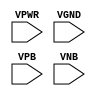
/*
 * Copyright 2020 The SkyWater PDK Authors
 *
 * Licensed under the Apache License, Version 2.0 (the "License");
 * you may not use this file except in compliance with the License.
 * You may obtain a copy of the License at
 *
 *     https://www.apache.org/licenses/LICENSE-2.0
 *
 * Unless required by applicable law or agreed to in writing, software
 * distributed under the License is distributed on an "AS IS" BASIS,
 * WITHOUT WARRANTIES OR CONDITIONS OF ANY KIND, either express or implied.
 * See the License for the specific language governing permissions and
 * limitations under the License.
 *
 * SPDX-License-Identifier: Apache-2.0
*/


`ifndef SKY130_FD_SC_HDLL__TAPVGND2_BEHAVIORAL_PP_V
`define SKY130_FD_SC_HDLL__TAPVGND2_BEHAVIORAL_PP_V

/**
 * tapvgnd2: Tap cell with tap to ground, isolated power connection 2
 *           rows down.
 *
 * Verilog simulation functional model.
 */

`timescale 1ns / 1ps
`default_nettype none

`celldefine
module sky130_fd_sc_hdll__tapvgnd2 (
    VPWR,
    VGND,
    VPB ,
    VNB
);

    // Module ports
    input VPWR;
    input VGND;
    input VPB ;
    input VNB ;
     // No contents.
endmodule
`endcelldefine

`default_nettype wire
`endif  // SKY130_FD_SC_HDLL__TAPVGND2_BEHAVIORAL_PP_V